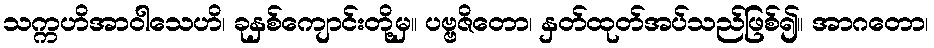
သက္ကဟိအာဝါသေဟိ၊ ခုနှစ်ကျောင်းတို့မှ။ ပဗ္ဗဇိတော၊ နှတ်ထုတ်အပ်သည်ဖြစ်၍။ အာဂတော၊